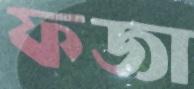
ফজা